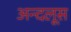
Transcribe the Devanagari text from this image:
अन्दलूस